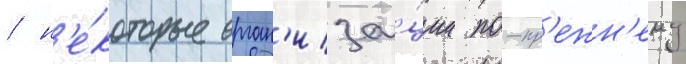
/ н'е́которые орган'иза́ции по-пр'ежн'ему